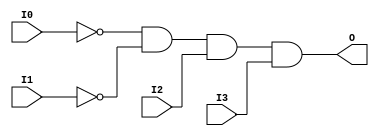
module AND4B2 (O, I0, I1, I2, I3);

    output O;

    input  I0, I1, I2, I3;

    wire i0_inv;
    wire i1_inv;

    not N1 (i1_inv, I1);
    not N0 (i0_inv, I0);
    and A1 (O, i0_inv, i1_inv, I2, I3);


endmodule